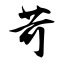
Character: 苛